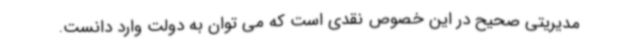
مدیریتی صحیح در این خصوص نقدی است که می توان به دولت وارد دانست.